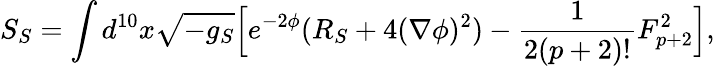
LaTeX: S_{S}=\int d^{10}x\sqrt{-g_{S}}\Big[e^{-2\phi}(R_{S}+4(\nabla\phi)^{2})-{\frac{1}{2(p+2)!}}F_{p+2}^{2}\Big],